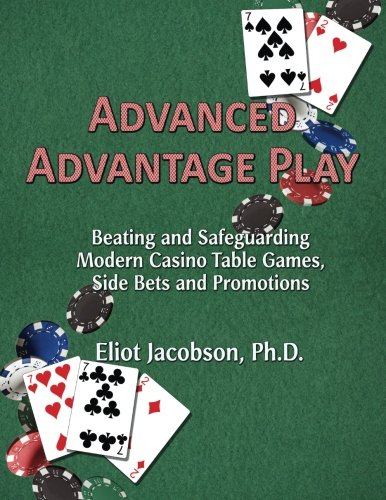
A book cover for Advanced Advantage Play: Beating and Safeguarding Modern Casino Table Games, Side Bets and Promotions; Eliot Jacobson Ph.D.; Humor & Entertainment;